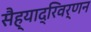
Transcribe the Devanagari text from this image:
सैह्याद्रिवर्णन